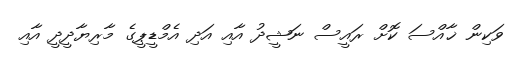
ވަކިން ޚާއްސަ ކޮށް ރައީސް ނަޝީދު އާއި އަދި އެމްޑީޕީގެ މާރިޔާދީދީ އާއި